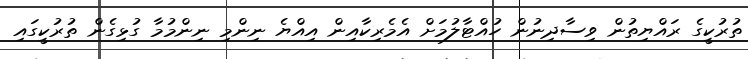
ތުރުކީގެ ރައްޔިތުން ވިސާދިނުން ހުއްޓާލުމަށް އެމެރިކާއިން އިއްޔެ ނިންމި ނިންމުމާ ގުޅިގެން ތުރުކީގައި